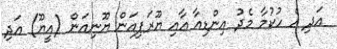
އަދި އެ ހުކުމާ މެދު އިންޑިއާ އާއި ޔޫރަޕިއަން ޔޫނިއަން (އީޔޫ) އަދި